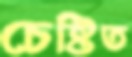
চেষ্টিত